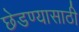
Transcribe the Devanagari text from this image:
छेडण्यासाठी